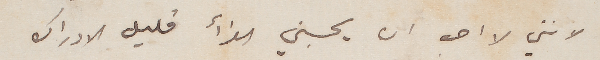
لانني لا احب ان يحسبني القرأ قليل الادراك